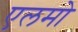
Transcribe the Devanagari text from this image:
एलमो